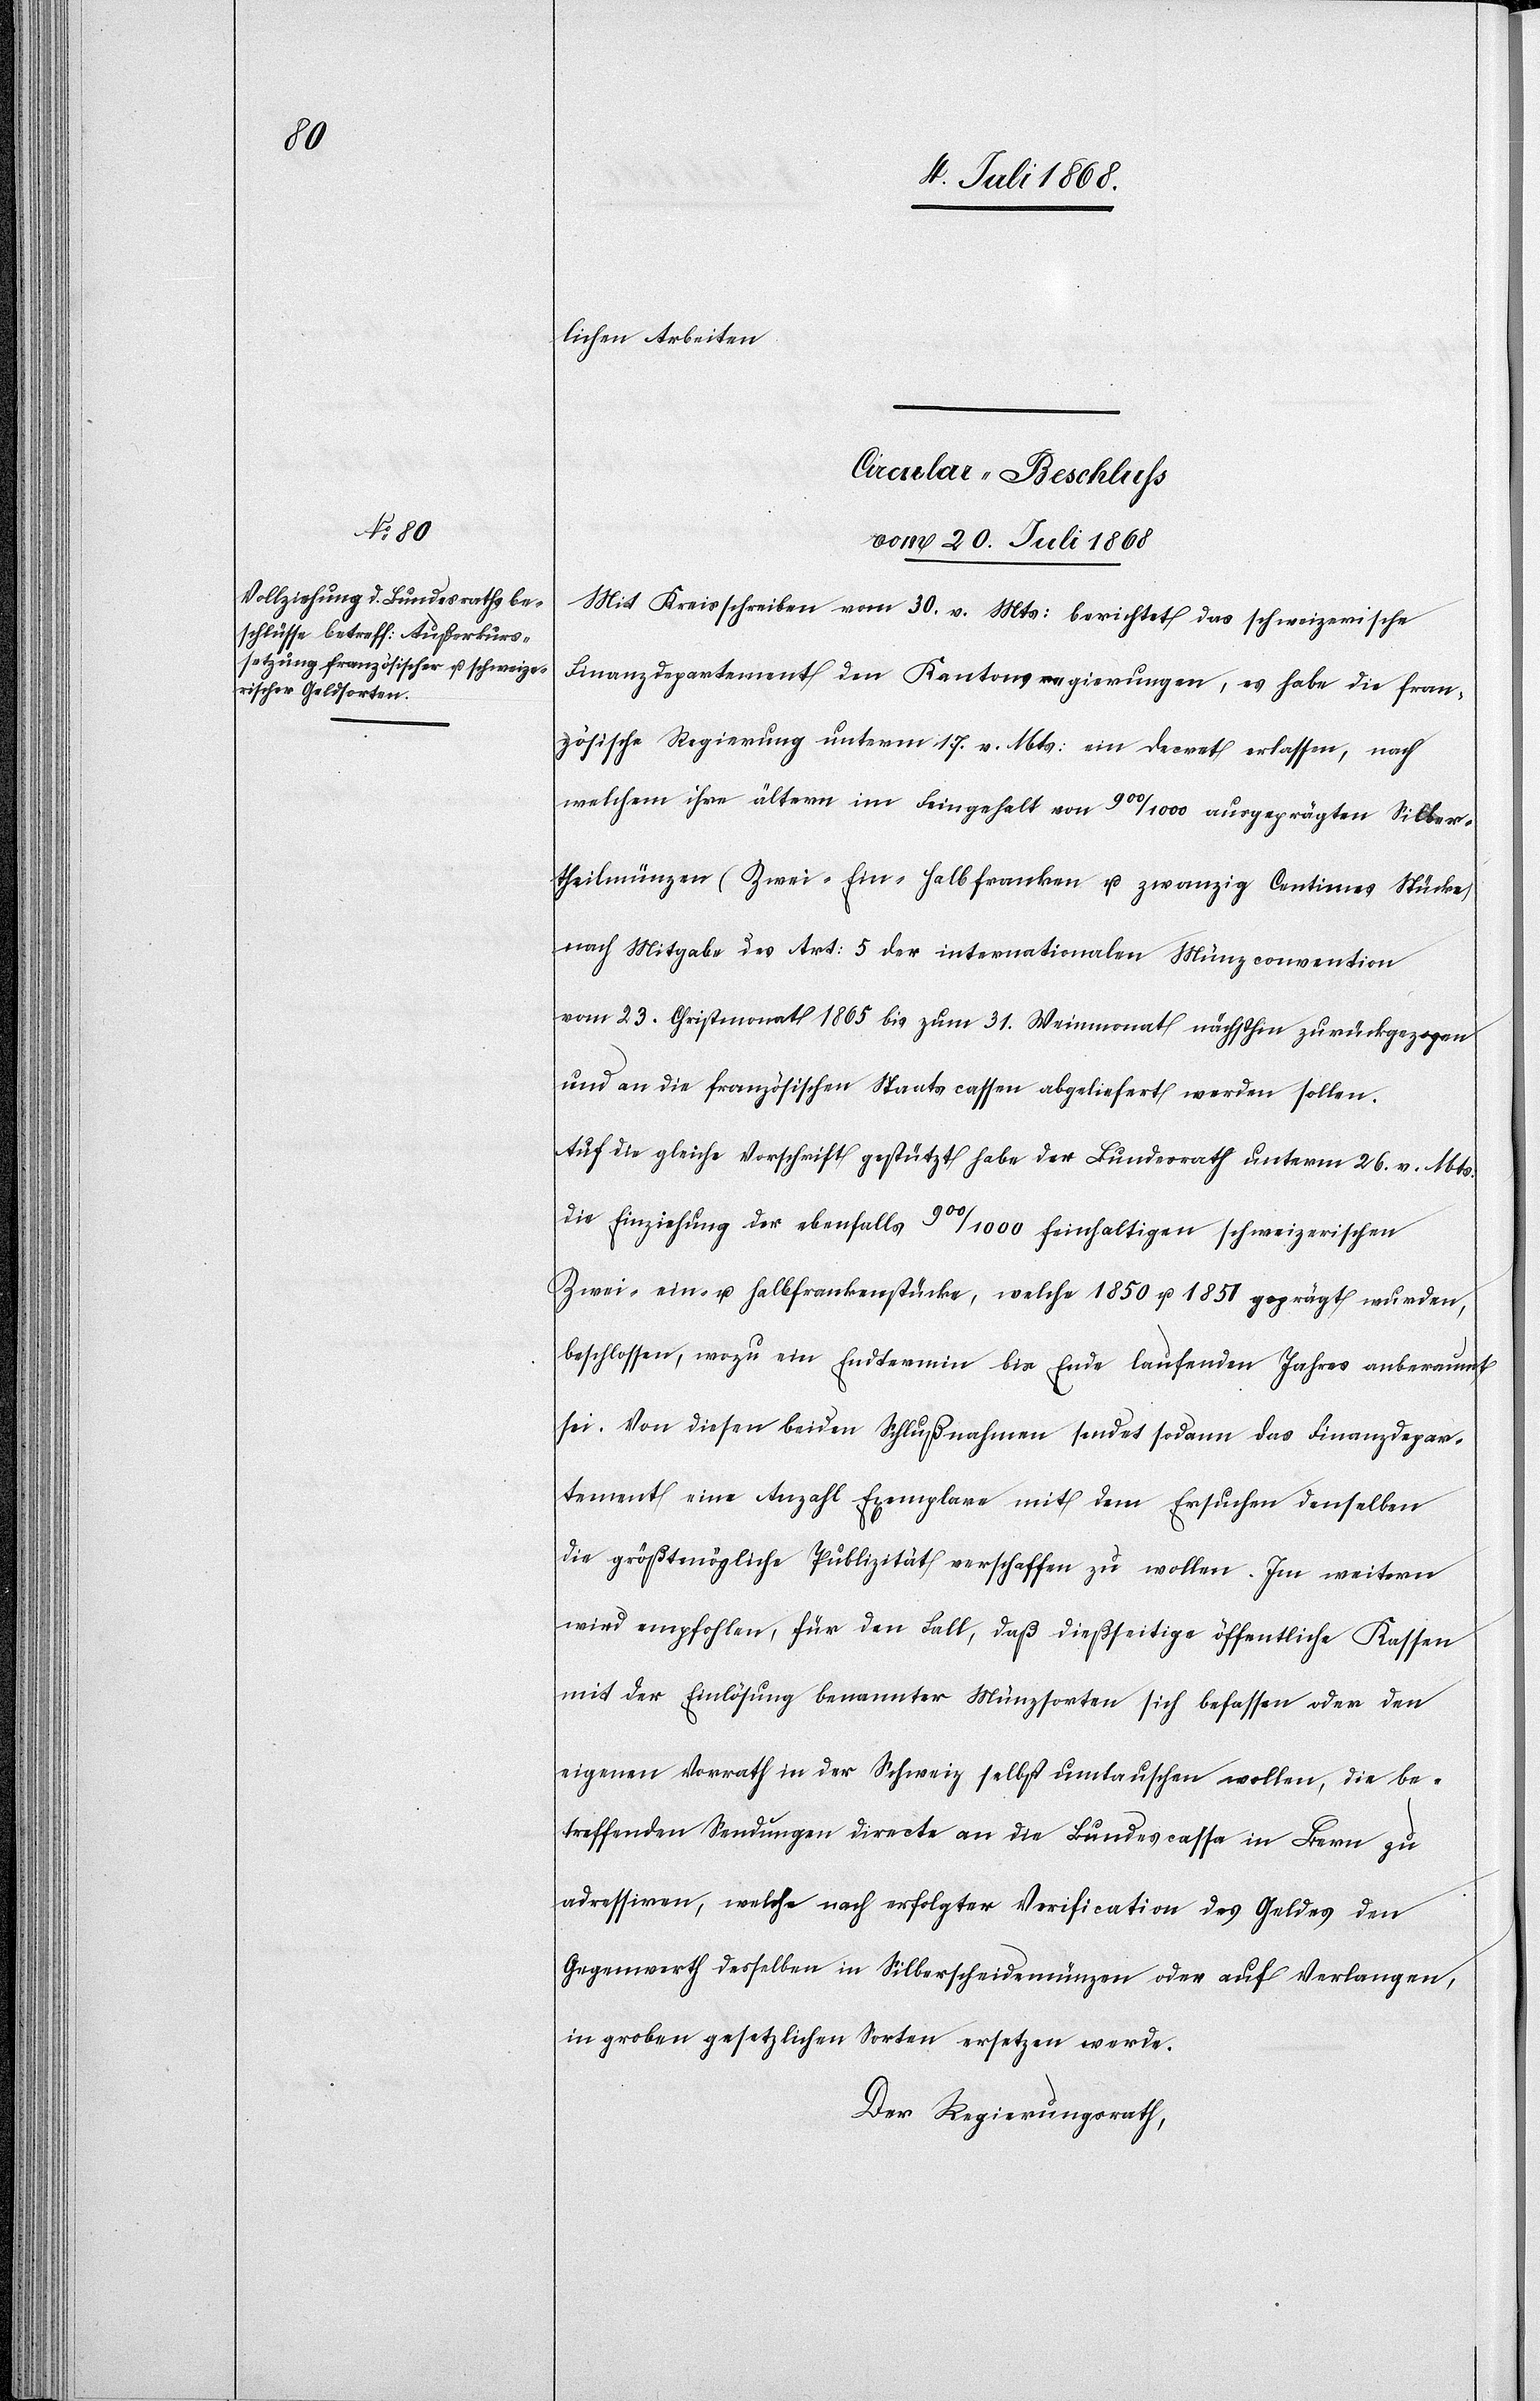
lichen Arbeiten[.]
Circular-Beschluss
vom 20. Juli 1868
Mit Kreisschreiben vom 30. v. Mts: berichtet das schweizerische
Finanzdepartement den Kantonsregierungen, es habe die fran¬
zösische Regierung unterm 17. v. Mts: ein Decret erlassen, nach
welchem ihre ältern im Feingehalt von 900/1000 ausgeprägten Silber¬
theilmünzen (Zwei-[,] Ein-[,] Halbfranken u. zwanzig Centimes Stücke)
nach Mitgabe des Art: 5 der internationalen Münzconvention
vom 23. Christmonat 1865 bis zum 31. Weinmonat nächsthin zurückgezogen
und an die französischen Staatscassen abgeliefert werden sollen.
Auf die gleiche Vorschrift gestützt habe der Bundesrath unterm 26. v. Mts.
die Einziehung der ebenfalls 900/1000 feinhaltigen schweizerischen
Zwei-[,] ein- u. Halbfrankenstücke, welche 1850 u. 1851 geprägt wurden,
beschlossen, wozu ein Endtermin bis Ende laufenden Jahres anberaumt
sei. Von diesen beiden Schlußnahmen sendet sodann das Finanzdepar¬
tement eine Anzahl Exemplare mit dem Ersuchen denselben
die größtmögliche Publizität verschaffen zu wollen. Im weitern
wird empfohlen, für den Fall, daß dießseitige öffentliche Kassen
mit der Einlösung benannter Münzsorten sich befassen oder den
eigenen Vorrath in der Schweiz selbst umtauschen wollen, die be¬
treffenden Sendungen directe an die Bundescasse in Bern zu
adressiren, welche nach erfolgter Verification des Geldes den
Gegenwerth desselben in Silberscheidemünzen oder auf Verlangen,
in groben gesetzlichen Sorten ersetzen werde.
Der Regierungsrath,